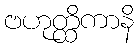
ဗဟုတ္ထိကာနိ